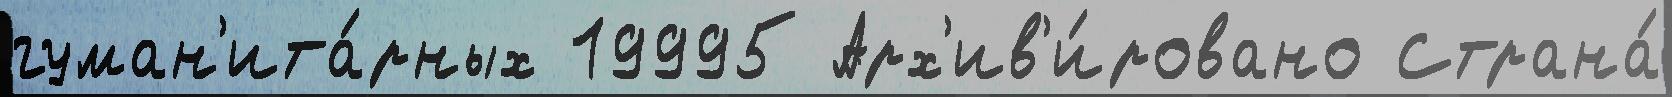
гуман'ита́рных 19995 Арх'ив'и́ровано Страна́